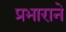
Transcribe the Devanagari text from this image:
प्रभाराने